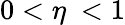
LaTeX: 0<\eta\ <1